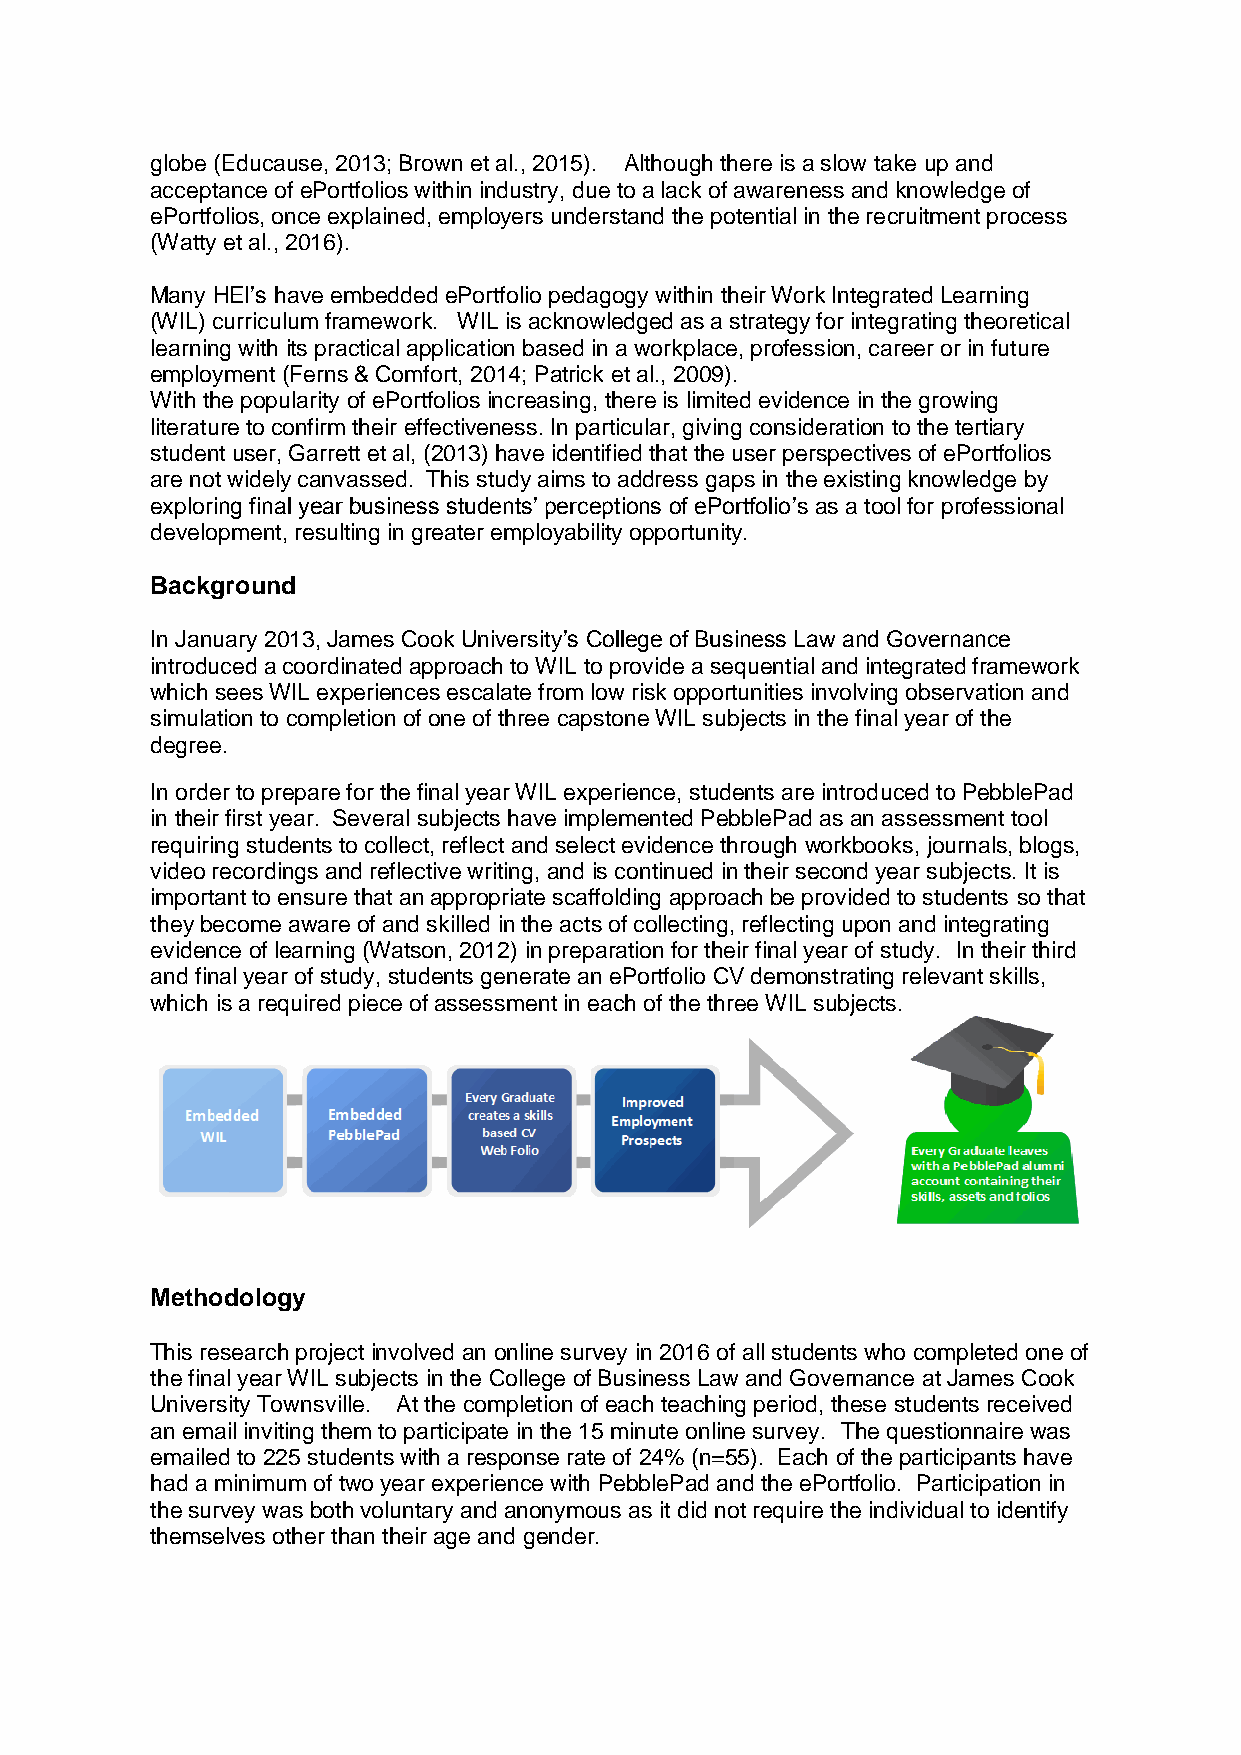
globe (Educause, 2013; Brown et al., 2015). Although there is a slow take up and
 acceptance of ePortfolios within industry, due to a lack of awareness and knowledge of
 ePortfolios, once explained, employers understand the potential in the recruitment process
 (Watty et al., 2016).
 Many HEI’s have embedded ePortfolio pedagogy within their Work Integrated Learning
 (WIL) curriculum framework. WIL is acknowledged as a strategy for integrating theoretical
 learning with its practical application based in a workplace, profession, career or in future
 employment (Ferns & Comfort, 2014; Patrick et al., 2009).
 With the popularity of ePortfolios increasing, there is limited evidence in the growing
 literature to confirm their effectiveness. In particular, giving consideration to the tertiary
 student user, Garrett et al, (2013) have identified that the user perspectives of ePortfolios
 are not widely canvassed. This study aims to address gaps in the existing knowledge by
 exploring final year business students’ perceptions of ePortfolio’s as a tool for professional
 development, resulting in greater employability opportunity.
 Background
 In January 2013, James Cook University’s College of Business Law and Governance
 introduced a coordinated approach to WIL to provide a sequential and integrated framework
 which sees WIL experiences escalate from low risk opportunities involving observation and
 simulation to completion of one of three capstone WIL subjects in the final year of the
 degree.
 In order to prepare for the final year WIL experience, students are introduced to PebblePad
 in their first year. Several subjects have implemented PebblePad as an assessment tool
 requiring students to collect, reflect and select evidence through workbooks, journals, blogs,
 video recordings and reflective writing, and is continued in their second year subjects. It is
 important to ensure that an appropriate scaffolding approach be provided to students so that
 they become aware of and skilled in the acts of collecting, reflecting upon and integrating
 evidence of learning (Watson, 2012) in preparation for their final year of study. In their third
 and final year of study, students generate an ePortfolio CV demonstrating relevant skills,
 which is a required piece of assessment in each of the three WIL subjects.
 Methodology
 This research project involved an online survey in 2016 of all students who completed one of
 the final year WIL subjects in the College of Business Law and Governance at James Cook
 University Townsville. At the completion of each teaching period, these students received
 an email inviting them to participate in the 15 minute online survey. The questionnaire was
 emailed to 225 students with a response rate of 24% (n=55). Each of the participants have
 had a minimum of two year experience with PebblePad and the ePortfolio. Participation in
 the survey was both voluntary and anonymous as it did not require the individual to identify
 themselves other than their age and gender.